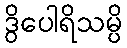
ဒွိပေါရိသမ္ပိ